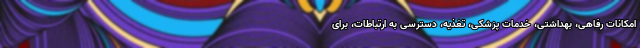
امکانات رفاهی، بهداشتی، خدمات پزشکی، تغذیه، دسترسی به ارتباطات، برای